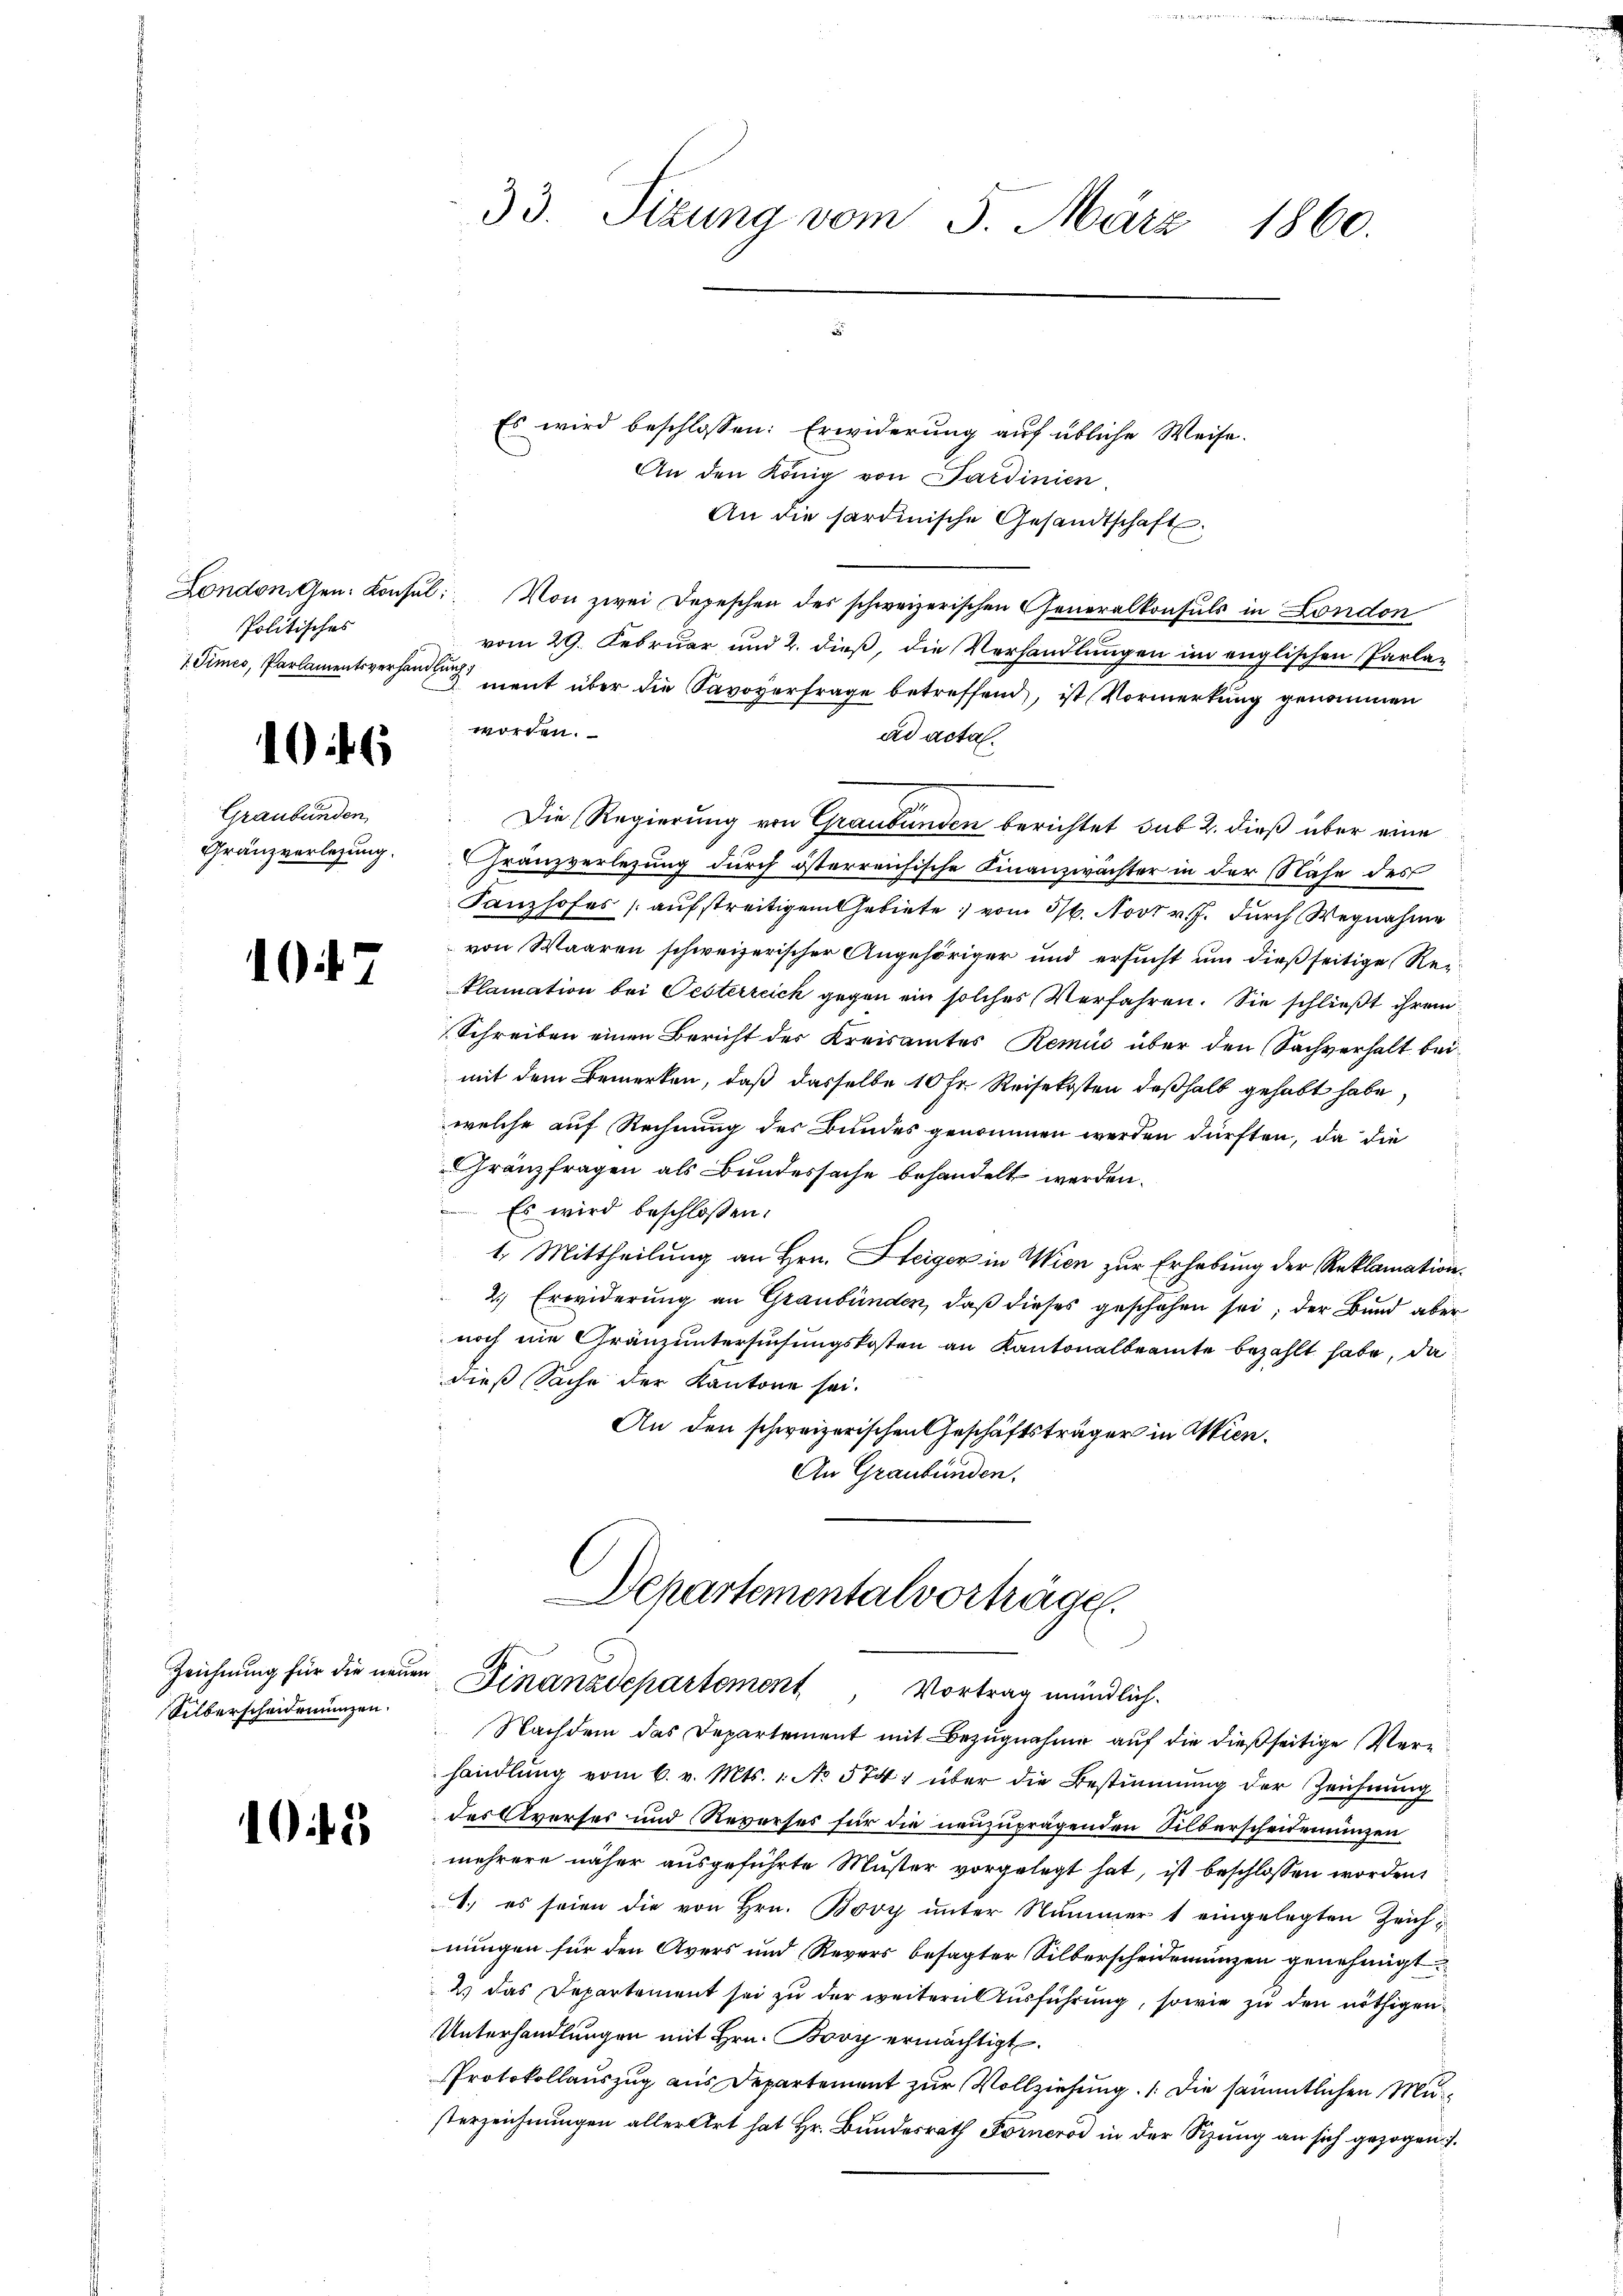
Politisches
1 Times, Parlamentsverhandlung

16

1047

Silberscheidemünzen.

10

33. Sitzung vom 5. März 1860.

Es wird beschlossen: Erwiderung auf übliche Weise.
An den König von Sardinien.
An die sardinische Gesandtschaft.
Londoni Gen. Konsul: Von zwei Depeschen des schweizerischen Generalkonsuls in London
vom 29. Februar und 2. dieß, die Verhandlungen im englischen Parla-
3 ment über die Savoyerfrage betreffend, ist Vormerkung genommen
worden.
ad acta.
Graubünden Die Regierung von Graubünden berichtet sub 2. dieß über eine
Gränzverlegung. Granzverlegung durch österreichische Finanzwächter in der Nähe des
Sanzhofes aufstreitigem Gebiete, vom 30. Novt v. J. durch Wegnahme
von Waaren schweizerischer Angehöriger und ersucht um dießseitige Reiklamation bei Pesterreich gegen ein solches Verfahren. Sie schließt ihrem
Schreiben einen Bericht des Kreisamtes Remii über den (Sachverhalt beimit dem Bemerken, daß dasselbe 10 Fr. Reisekosten deßhalb gehabt habe,
welche auf Rechnung des Bundes genommen werden dürften, da die
Gränzfragen als Bundessache behandelt werden.
 Es wird beschloßen:
1. Mittheilung an Hrn. Steiger in Wien zur Erhebung der Reklamation
2.) Erwiderung an Graubünden, daß dieses geschehen sei; der Bund aber
noch nie Gränzuntersuchungskosten an Kantonalbeamte bezahlt habe, da
dieß Sache der Kantone sei.
An den schweizerischen Geschäftsträger in Wien.
An Graubünden,
Departementalvorträge.
Zeichnung für die neuen Finanzdepartement, Vortrag mündlich.
Nachdem das Departement mit Bezugnahme auf die dießseitige Verhandlung vom 6. v. Mts. 1. No 574 über die Bestimmung der Zeichnung
des Averses und Reverses für die neuzuprägenden Silberscheidemünzen
mehrere näher ausgeführte Muster vorgelegt hat, ist beschlossen worden.
1.) es seien die von Hrn. Bovy unter Nummer 1 eingelegten Zeichnungen für den Avers und Revers besagter Silberscheidemünzen genehmigt
2 das Departement sei zu der weitern Ausführung, sowie zu den nöthigen
Unterhandlungen mit Hrn. Bovy ermächtigt.
Protokollauszug aus Departement zur Vollziehung. Die sämmtlichen Musterzeichnungen aller Art hat Hr. Bundesrath Fornerod in der Sitzung an sich gezogen.